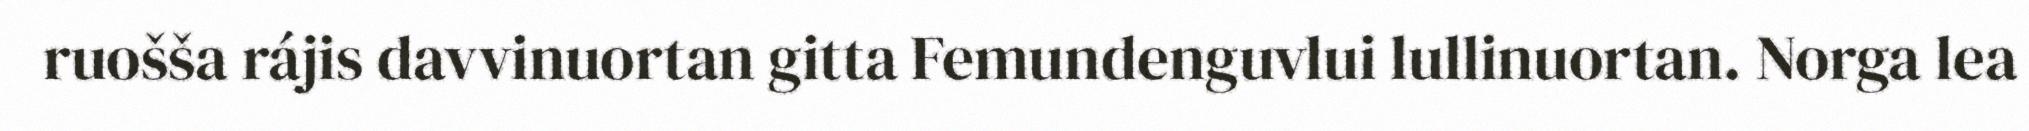
ruošša rájis davvinuortan gitta Femundenguvlui lullinuortan. Norga lea